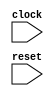
module main(clock,reset);

input clock;
input reset;

reg impl_PC_valid;

wire impl_flush;
assign impl_flush = 0;

always @(posedge clock) begin
 if(reset)
  impl_PC_valid <= 1;
 else if(impl_flush)
  impl_PC_valid <= 0;
end
endmodule